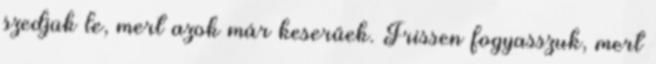
szedjük le, mert azok már keserűek. Frissen fogyasszuk, mert